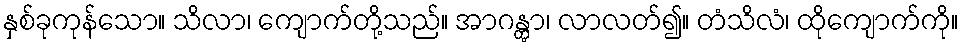
နှစ်ခုကုန်သော။ သိလာ၊ ကျောက်တို့သည်။ အာဂန္တွာ၊ လာလတ်၍။ တံသိလံ၊ ထိုကျောက်ကို။